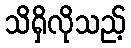
သိရှိလိုသည့်